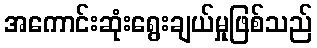
အကောင်းဆုံးရွေးချယ်မှုဖြစ်သည်